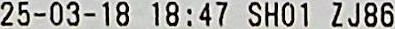
25-03-18 18:47 SHO1 ZJ86